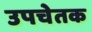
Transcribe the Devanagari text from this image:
उपचेतक